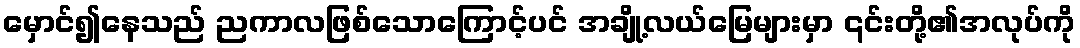
မှောင်၍နေသည် ညကာလဖြစ်သောကြောင့်ပင် အချို့လယ်မြေများမှာ ၎င်းတို့၏အလုပ်ကို